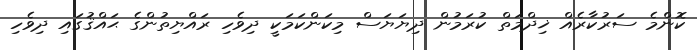
ކޮންމެ ސަރުކާރެއް ޚިދްމަތް ކުރަމުން ދިޔަޔަސް މިކަންކަމަކީ ދިވެހި ރައްޔިތުންގެ ޙައްޤުގައި ދިވެހި